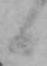
日